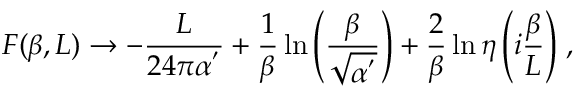
F ( \beta , L ) \rightarrow - \frac { L } { 2 4 \pi \alpha ^ { ' } } + \frac { 1 } { \beta } \ln { \left( \frac { \beta } { \sqrt { \alpha ^ { ' } } } \right) } + \frac { 2 } { \beta } \ln { \eta \left( i \frac { \beta } { L } \right) } \; ,